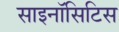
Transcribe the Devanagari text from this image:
साइनॉसिटिस